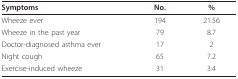
<table><thead><tr><td><b>Symptoms</b></td><td><b>No.</b></td><td><b>%</b></td></tr></thead><tbody><tr><td>Wheeze ever</td><td>194</td><td>21.56</td></tr><tr><td>Wheeze in the past year</td><td>79</td><td>8.7</td></tr><tr><td>Doctor-diagnosed asthma ever</td><td>17</td><td>2</td></tr><tr><td>Night cough</td><td>65</td><td>7.2</td></tr><tr><td>Exercise-induced wheeze</td><td>31</td><td>3.4</td></tr></tbody></table>